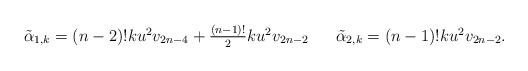
LaTeX: \begin{align*}\begin{array}{c c c}\tilde{\alpha}_{1,k}=(n-2)!ku^2v_{2n-4}+\frac{(n-1)!}{2}ku^2v_{2n-2}&&\tilde{\alpha}_{2,k}=(n-1)!ku^2v_{2n-2}.\end{array}\end{align*}